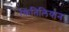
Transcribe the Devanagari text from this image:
किंतिलियान